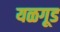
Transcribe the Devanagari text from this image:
यळगूड